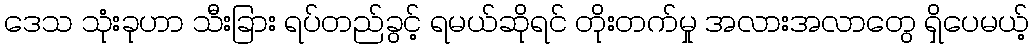
ဒေသ သုံးခုဟာ သီးခြား ရပ်တည်ခွင့် ရမယ်ဆိုရင် တိုးတက်မှု အလားအလာတွေ ရှိပေမယ့်